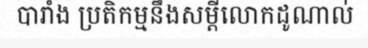
បារាំង ប្រតិកម្មនឹងសម្តីលោកដូណាល់